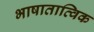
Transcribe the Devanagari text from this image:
भाषातात्विक